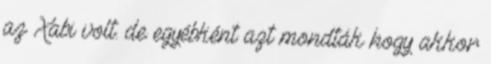
az Xabi volt. de egyébként azt mondták hogy akkor